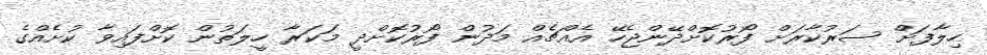
ހިލާފަށް ސަރުކާރަށް ފޯރުކޮށްދޭންޖެހޭ އެއްޗެއް މަދުން ފޯރުކޮށްދީ މަކަރާ ހީލަތުން ކޮށްފައިވާ ކުށެއްގެ